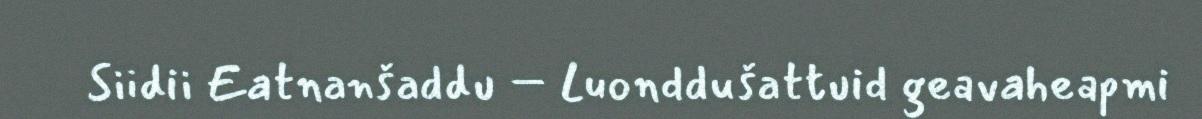
Siidii Eatnanšaddu – Luonddušattuid geavaheapmi